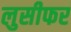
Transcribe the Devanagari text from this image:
लुसीफर